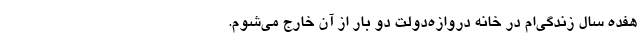
هفده سال زندگی‌ام در خانهٔ دروازه‌دولت دو بار از آن خارج می‌شوم.